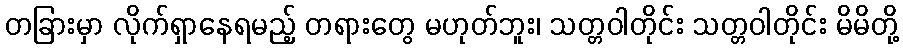
တခြားမှာ လိုက်ရှာနေရမည့် တရားတွေ မဟုတ်ဘူး၊ သတ္တဝါတိုင်း သတ္တဝါတိုင်း မိမိတို့